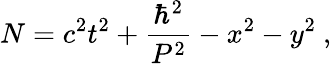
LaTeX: N=c^{2}t^{2}+\frac{\hbar^{2}}{P^{2}}-x^{2}-y^{2}~,